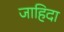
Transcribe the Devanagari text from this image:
जाहिदा